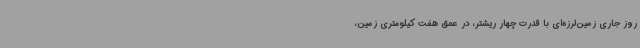
روز جاری زمین‌لرزه‌ای با قدرت چهار ریشتر، در عمق هفت کیلومتری زمین،‌